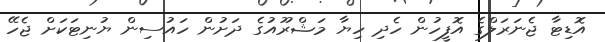
އޮޑިޓާ ޖެނަރަލްގެ އޮފީހުން ހެދި ހިޔާ މަޝްރޫއުގެ ދަށުން ހައުސިން ޔުނިޓަކަށް ޖެހޭ